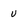
Character: u